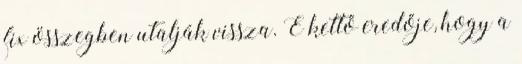
fix összegben utalják vissza. E kettő eredője, hogy a